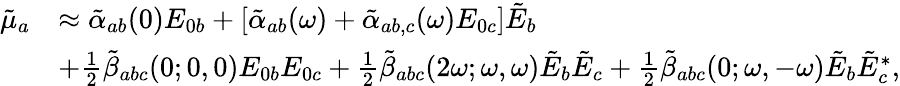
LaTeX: \begin{array}{rl}{\tilde{\mu}_{a}}&{\approx\tilde{\alpha}_{ab}(0)E_{0b}+[\tilde{\alpha}_{ab}(\omega)+\tilde{\alpha}_{ab,c}(\omega)E_{0c}]\tilde{E}_{b}}\\ &{+\frac{1}{2}\tilde{\beta}_{abc}(0;0,0)E_{0b}E_{0c}+\frac{1}{2}\tilde{\beta}_{abc}(2\omega;\omega,\omega)\tilde{E}_{b}\tilde{E}_{c}+\frac{1}{2}\tilde{\beta}_{abc}(0;\omega,-\omega)\tilde{E}_{b}\tilde{E}_{c}^{\ast},}\end{array}